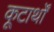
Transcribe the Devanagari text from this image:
कूटार्थों